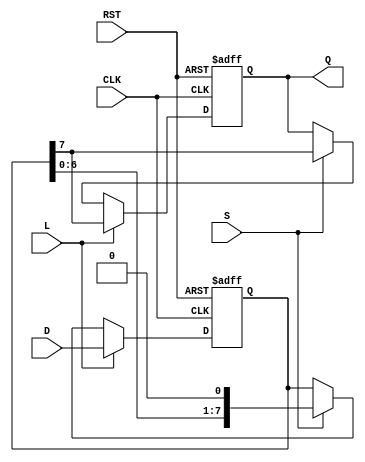
module PISO_Register #(
    parameter N = 8  // Parameter for number of bits in the register
)(
    input wire [N-1:0] D,      // Parallel data input
    input wire L,               // Load control signal
    input wire S,               // Shift control signal
    input wire CLK,             // Clock signal
    input wire RST,             // Reset signal
    output reg Q                // Serial output
);

    reg [N-1:0] shift_reg;      // Shift register to hold data

    always @(posedge CLK or posedge RST) begin
        if (RST) begin
            // Reset the shift register to zero
            shift_reg <= {N{1'b0}};
            Q <= 1'b0;           // Reset the output
        end else if (L) begin
            // Load data into the shift register
            shift_reg <= D;
            Q <= shift_reg[N-1]; // Output the MSB after loading
        end else if (S) begin
            // Shift operation
            Q <= shift_reg[N-1]; // Output the MSB
            shift_reg <= {shift_reg[N-2:0], 1'b0}; // Shift left
        end
    end

endmodule